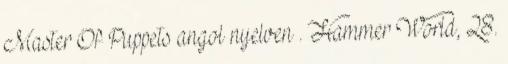
Master Of Puppets angol nyelven . Hammer World, 28.